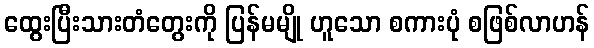
ထွေးပြီးသားတံတွေးကို ပြန်မမျို ဟူသော စကားပုံ စဖြစ်လာဟန်